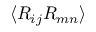
\langle R _ { i j } R _ { m n } \rangle